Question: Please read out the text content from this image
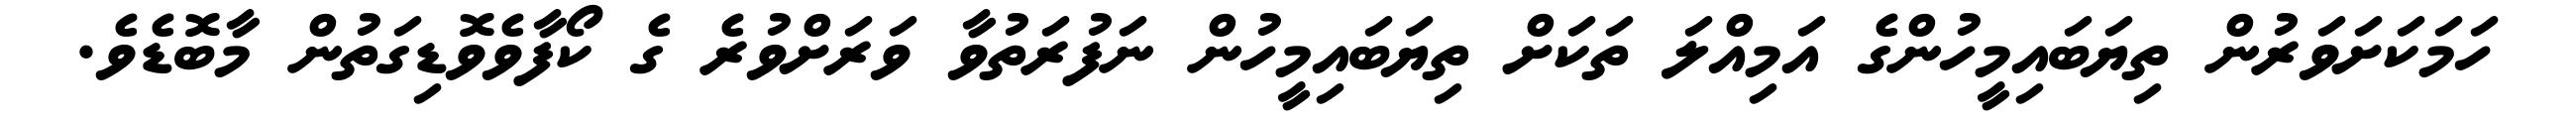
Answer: ހަމަކަށަވަރުން ތިޔަބައިމީހުންގެ އަމިއްލަ ތަކަށް ތިޔަބައިމީހުން ނަފުރަތުވާ ވަރަށްވުރެ ގެ ކޯފާވެވޮޑިގަތުން މާބޮޑެވެ.